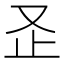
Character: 𭆨